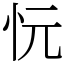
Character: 忨